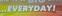
everyday